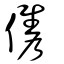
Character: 儁